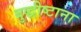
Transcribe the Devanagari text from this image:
बुद्धीष्टाना